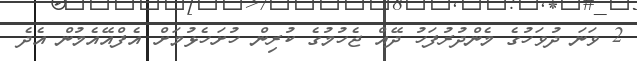
2 ވަނަ ދުވަހުގެ މެންދުރުފަހު ދޭއް ޖެހުމުގެ ކުރިން ހުށަހެޅުމަށް އެފްއޭއެމުން އެދެ